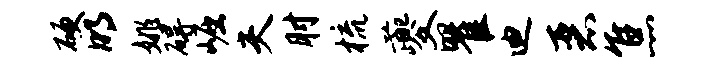
硬明姚碍崛夫肘梳夔瞿迪恶焦